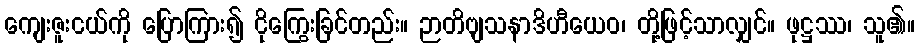
ကျေးဇူးငယ်ကို ပြောကြား၍ ငိုကြွေးခြင်တည်း။ ဉာတိဗျသနာဒိဟီယေဝ၊ တို့ဖြင့်သာလျှင်။ ဖုဋ္ဌဿ၊ သူ၏။